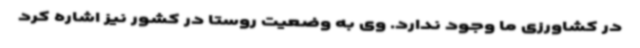
در کشاورزی ما وجود ندارد. وی به وضعیت روستا در کشور نیز اشاره کرد